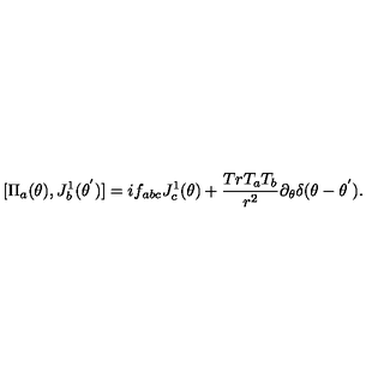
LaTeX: [ { \Pi } _ { a } ( \theta ) , J _ { b } ^ { 1 } ( { \theta } ^ { ' } ) ] = i f _ { a b c } J _ { c } ^ { 1 } ( \theta ) + \frac { T r T _ { a } T _ { b } } { r ^ { 2 } } { \partial } _ { \theta } { \delta } ( \theta - { \theta } ^ { ' } ) .